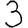
Digit: 3